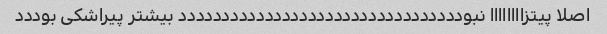
اصلا پیتزاااااااا نبوددددددددددددددددددددددددددددددددد بیشتر پیراشکی بوددد